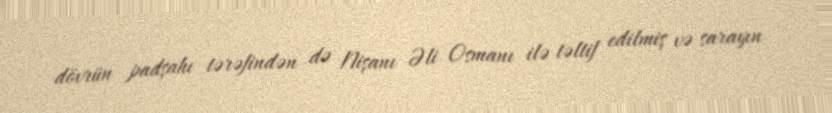
dövrün padşahı tərəfindən də Nişanı Əli Osmanı ilə təltif edilmiş və sarayın